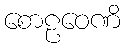
စောဠဝေဏိ